Report of the Indian Hemp Drugs Commission, 1894-1895 - Volume IV
Year: 1894
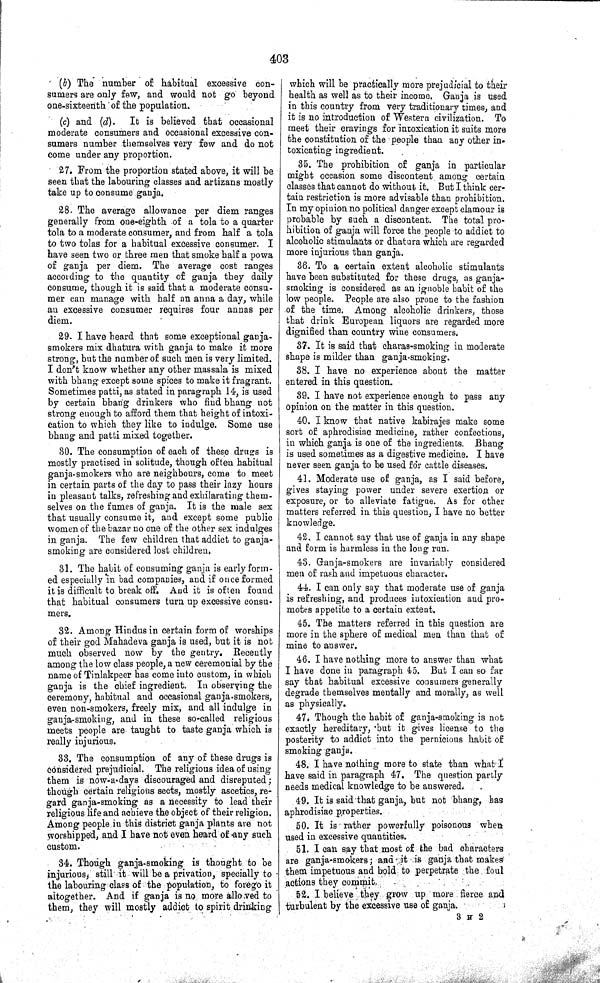
403
(b) The number of habitual excessive con-
sumers are only few, and would not go beyond
one-sixteenth of the population.
(c) and (d).
It is believed that occasional
moderate consumers and occasional excessive con-
sumers number themselves very few and do not
come under any proportion.
27. From the proportion stated above, it will be
seen that the labouring classes and artizans mostly
take up to consume ganja.
28. The average allowance per diem ranges
generally from one-eighth of a tola to a quarter
tola to a moderate consumer, and from half a tola
to two tolas for a habitual excessive consumer. I
have seen two or three men that smoke half a powa
of ganja per diem. The average cost ranges
according to the quantity of ganja they daily
consume, though it is said that a moderate consu-
mer can manage with half an anna a day, while
an excessive consumer requires four annas per
diem.
29. I have heard that some exceptional ganja-
smokers mix dhatura with ganja to make it more
strong, but the number of such men is very limited.
I don't know whether any other massala is mixed
with bhang except some spices to make it fragrant.
Sometimes patti, as stated in paragraph 14, is used
by certain bhang drinkers who find bhang not
strong enough to afford them that height of intoxi-
cation to which they like to indulge. Some use
bhang and patti mixed together.
30. The consumption of each of these drugs is
mostly practised in solitude, though often habitual
ganja-smokers who are neighbours, come to meet
in certain parts of the day to pass their lazy hours
in pleasant talks, refreshing and exhilarating them-
selves on the fumes of ganja. It is the male sex
that usually consume it, and except some public
women of the bazar no one of the other sex indulges
in ganja. The few children that addict to ganja-
smoking are considered lost children.
31. The habit of consuming ganja is early form-
ed especially in bad companies, and if once formed
it is difficult to break off. And it is often found
that habitual consumers turn up excessive consu-
mers.
32. Among Hindus in certain form of worships
of their god Mahadeva ganja is used, but it is not
much observed now by the gentry. Recently
among the low class people, a new ceremonial by the
name of Tinlakpeer has come into custom, in which
ganja is the chief ingredient. In observing the
ceremony, habitual and occasional ganja-smokers,
even non-smokers, freely mix, and all indulge in
ganja-smoking, and in these so-called religious
meets people are taught to taste ganja which is
really injurious.
33. The consumption of any of these drugs is
considered prejudicial. The religious idea of using
them is now-a-days discouraged and disreputed;
though certain religious sects, mostly ascetics, re-
gard ganja-smoking as a necessity to lead their
religious life and achieve the object of their religion.
Among people in this district ganja plants are not
worshipped, and I have not even heard of any such
custom.
34. Though ganja-smoking is thought to be
injurious, still it will be a privation, specially to
the labouring class of the population, to forego it
altogether. And if ganja is no more allowed to
them, they will mostly addict to spirit drinking
which will be practically more prejudicial to their
health as well as to their income. Ganja is used
in this country from very traditionary times, and
it is no introduction of Western civilization. To
meet their cravings for intoxication it suits more
the constitution of the people than any other in-
toxicating ingredient.
35. The prohibition of ganja in particular
might occasion some discontent among certain
classes that cannot do without it. But I think cer-
tain restriction is more advisable than prohibition.
In my opinion no political danger except clamour is
probable by such a discontent. The total pro-
hibition of ganja will force the people to addict to
alcoholic stimulants or dhatura which are regarded
more injurious than ganja.
36. To a certain extent alcoholic stimulants
have been substituted for these drugs, as ganja-
smoking is considered as an ignoble habit of the
low people. People are also prone to the fashion
of the time. Among alcoholic drinkers, those
that drink European liquors are regarded more
dignified than country wine consumers.
37. It is said that charas-smoking in moderate
shape is milder than ganja-smoking.
38. I have no experience about the matter
entered in this question.
39. I have not experience enough to pass any
opinion on the matter in this question.
40. I know that native kabirajes make some
sort of aphrodisiac medicine, rather confections,
in which ganja is one of the ingredients. Bhang
is used sometimes as a digestive medicine. I have
never seen ganja to be used for cattle diseases.
41. Moderate use of ganja, as I said before,
gives staying power under severe exertion or
exposure, or to alleviate fatigue. As for other
matters referred in this question, I have no better
knowledge.
42. I cannot say that use of ganja in any shape
and form is harmless in the long run.
43. Ganja-smokers are invariably considered
men of rash and impetuous character.
44. I can only say that moderate use of ganja
is refreshing, and produces intoxication and pro-
motes appetite to a certain extent.
45. The matters referred in this question are
more in the sphere of medical men than that of
mine to answer.
46. I have nothing more to answer than what
I have done in paragraph 45. But I can so far
say that habitual excessive consumers generally
degrade themselves mentally and morally, as well
as physically.
47. Though the habit of ganja-smoking is not
exactly hereditary, but it gives license to the
posterity to addict into the pernicious habit of
smoking ganja.
48. I have nothing more to state than what I
have said in paragraph 47. The question partly
needs medical knowledge to be answered.
49. It is said that ganja, but not bhang, has
aphrodisiac properties.
50. It is rather powerfully poisonous when
used in excessive quantities.
51. I can say that most of the bad characters
are ganja-smokers; and it is ganja that makes
them impetuous and bold to perpetrate the foul
actions they commit.
52. I believe they grow up more fierce and
turbulent by the excessive use of ganja.
3 H 2